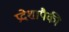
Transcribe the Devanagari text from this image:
प्रदेशापैकी